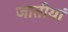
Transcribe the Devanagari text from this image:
जातीयां